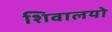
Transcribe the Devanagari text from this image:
शिवालयो